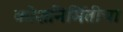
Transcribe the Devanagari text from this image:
कोशनिर्मितीचा